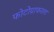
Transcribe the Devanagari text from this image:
फोटोग्राफरला